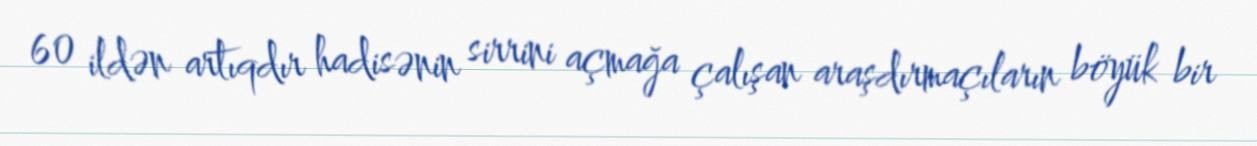
60 ildən artıqdır hadisənin sirrini açmağa çalışan araşdırmaçıların böyük bir